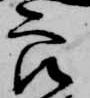
郎